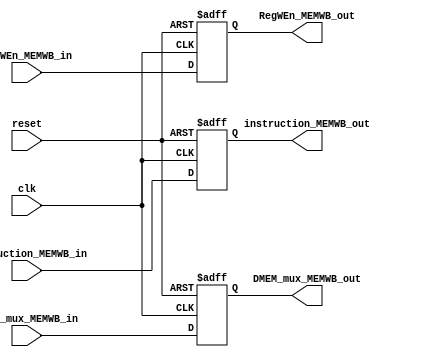
module MEM_WB_Register(
    input clk,
    input reset,
    output reg [31:0] instruction_MEMWB_out,
    input wire [31:0] instruction_MEMWB_in,
    input wire [31:0] DMEM_mux_MEMWB_in,
    output reg [31:0] DMEM_mux_MEMWB_out,
    output reg RegWEn_MEMWB_out,
    input wire RegWEn_MEMWB_in
);

// Register for MEM/WB stage
always @(posedge clk or posedge reset) begin
    if (reset) begin
        instruction_MEMWB_out <= 0;
        DMEM_mux_MEMWB_out <= 0;
        RegWEn_MEMWB_out <= 0;
    end else begin
        instruction_MEMWB_out <= instruction_MEMWB_in;
        DMEM_mux_MEMWB_out <= DMEM_mux_MEMWB_in;
        RegWEn_MEMWB_out <= RegWEn_MEMWB_in;
    end
end

endmodule